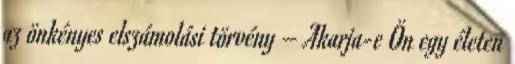
az önkényes elszámolási törvény – Akarja-e Ön egy életen